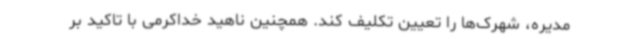
مدیره، شهرک‌ها را تعیین تکلیف کند. همچنین ناهید خداکرمی با تاکید بر